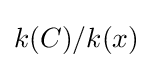
k(C)/k(x)